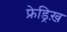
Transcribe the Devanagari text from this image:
फ्रेड्रिख़